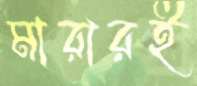
মারারই